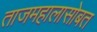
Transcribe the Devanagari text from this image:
ताजमहालासोबत